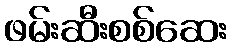
ဖမ်းဆီးစစ်ဆေး